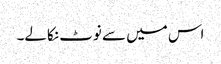
اس میں سے نوٹ نکالے۔